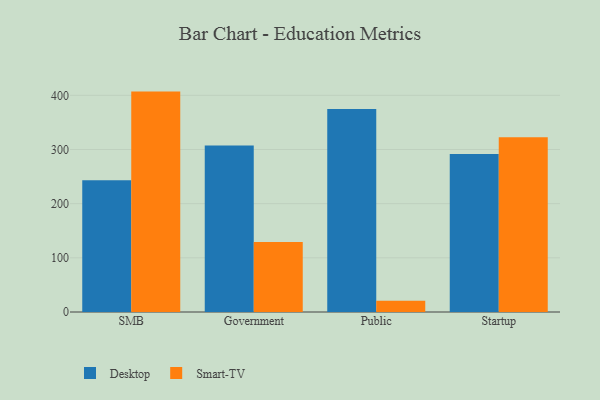
{"axis": {"x": "Segment", "y": "Revenue (USD Million)"}, "legend": ["Desktop", "Smart-TV"], "data": [{"x": "SMB", "y": 243.1, "type": "Desktop"}, {"x": "SMB", "y": 406.9, "type": "Smart-TV"}, {"x": "Government", "y": 307.2, "type": "Desktop"}, {"x": "Government", "y": 129.2, "type": "Smart-TV"}, {"x": "Public", "y": 374.6, "type": "Desktop"}, {"x": "Public", "y": 20.8, "type": "Smart-TV"}, {"x": "Startup", "y": 291.7, "type": "Desktop"}, {"x": "Startup", "y": 322.7, "type": "Smart-TV"}]}